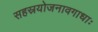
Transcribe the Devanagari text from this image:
सहस्रयोजनावगाधाः